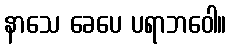
နာသေ ခေပေ ပရာဘဝေါ။